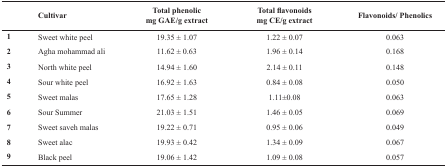
|  | Cultivar | Total phenolicmg GAE/g extract | Total flavonoidsmg CE/g extract | Flavonoids/ Phenolics |
 | --- | --- | --- | --- | --- |
 | 1 | Sweet white peel | 19.35 ± 1.07 | 1.22 ± 0.07 | 0.063 |
 | 2 | Agha mohammad ali | 11.62 ± 0.63 | 1.96 ± 0.14 | 0.168 |
 | 3 | North white peel | 14.94 ± 1.60 | 2.14 ± 0.11 | 0.148 |
 | 4 | Sour white peel | 16.92 ± 1.63 | 0.84 ± 0.08 | 0.050 |
 | 5 | Sweet malas | 17.65 ± 1.28 | 1.11±0.08 | 0.063 |
 | 6 | Sour Summer | 21.03 ± 1.51 | 1.46 ± 0.05 | 0.069 |
 | 7 | Sweet saveh malas | 19.22 ± 0.71 | 0.95 ± 0.06 | 0.049 |
 | 8 | Sweet alac | 19.93 ± 0.42 | 1.34 ± 0.09 | 0.067 |
 | 9 | Black peel | 19.06 ± 1.42 | 1.09 ± 0.08 | 0.057 |